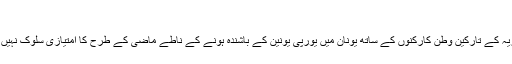
‘‘
بلغاریہ کے تارکین وطن کارکنوں کے ساتھ یونان میں یورپی یونین کے باشندہ ہونے کے ناطے ماضی کے طرح کا امتیازی سلوک نہیں ہوتا۔